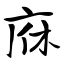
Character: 庥